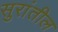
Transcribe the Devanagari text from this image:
सुरांतील